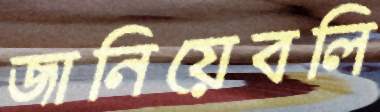
জানিয়েবলি